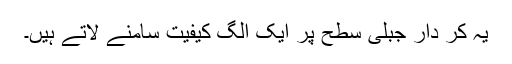
یہ کر دار جبلی سطح پر ایک الگ کیفیت سامنے لاتے ہیں۔